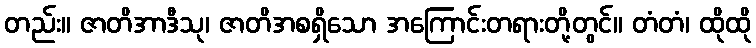
တည်း။ ဇာတိအာဒီသု၊ ဇာတိအစရှိသော အကြောင်းတရားတို့တွင်။ တံတံ၊ ထိုထို